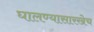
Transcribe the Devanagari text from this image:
घालण्यासारखेच